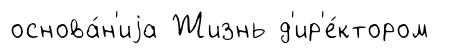
основа́н'иjа Жизнь д'ир'е́ктором